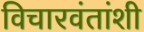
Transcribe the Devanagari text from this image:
विचारवंतांशी